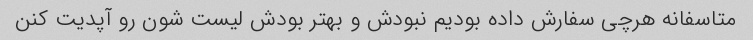
متاسفانه هرچی سفارش داده بودیم نبودش و بهتر بودش لیست شون رو آپدیت کنن